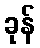
ခုန်